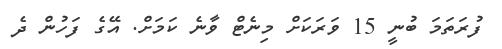
ފުރަތަމަ ބުނީ 15 ވަރަކަށް މިނެޓް ވާނެ ކަމަށް. އޭގެ ފަހުން ދެ